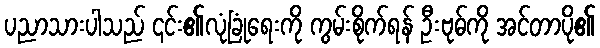
ပညာသားပါသည် ၎င်း၏လုံခြုံရေးကို ကွမ်းစိုက်ရန် ဦးဗုဓ်ကို အင်တာပို၏